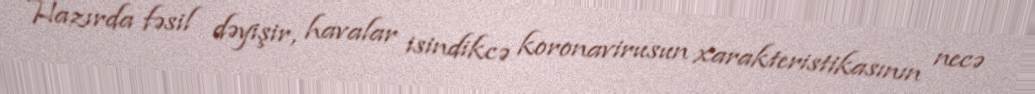
Hazırda fəsil dəyişir, havalar isindikcə koronavirusun xarakteristikasının necə